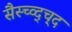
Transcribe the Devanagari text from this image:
सैस्च्व्द्च्द